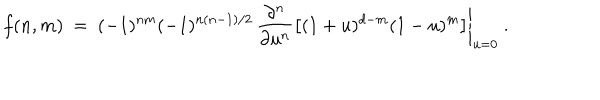
f ( n , m ) ~ = ~ ( - 1 ) ^ { n m } ( - 1 ) ^ { n ( n - 1 ) / 2 } \, \left. \frac { \partial ^ { n } } { \partial u ^ { n } } \left[ ( 1 + u ) ^ { d - m } ( 1 - u ) ^ { m } \right] \right| _ { u = 0 } ~ .